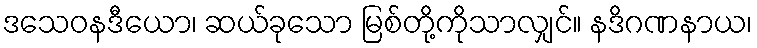
ဒသေဝနဒီယော၊ ဆယ်ခုသော မြစ်တို့ကိုသာလျှင်။ နဒိဂဏနာယ၊